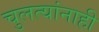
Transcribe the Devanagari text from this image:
चुलत्यांनाही